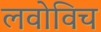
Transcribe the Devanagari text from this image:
लवोविच